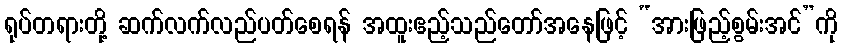
ရုပ်တရားတို့ ဆက်လက်လည်ပတ်စေရန် အထူးဧည့်သည်တော်အနေဖြင့် “အားဖြည့်စွမ်းအင်”ကို